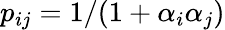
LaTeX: p_{ij}=1/(1+\alpha_{i}\alpha_{j})